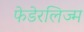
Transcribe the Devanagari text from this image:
फेडेरलिज्म